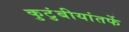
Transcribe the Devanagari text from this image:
कुटुंबीयांतर्फे